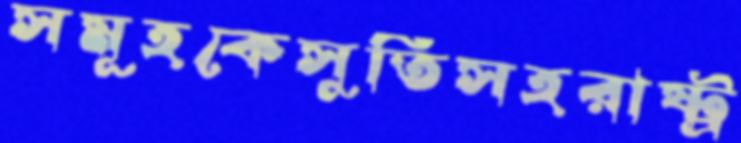
সমূহকেসুতিসহরাষ্ট্র